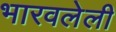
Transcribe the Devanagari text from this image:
भारवलेली